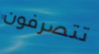
تتصرفون